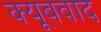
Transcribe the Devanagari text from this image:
क्यूबवाद